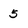
Character: 5